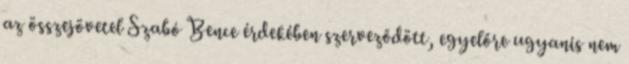
az összejövetel Szabó Bence érdekében szerveződött, egyelőre ugyanis nem